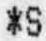
*S